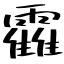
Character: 靃